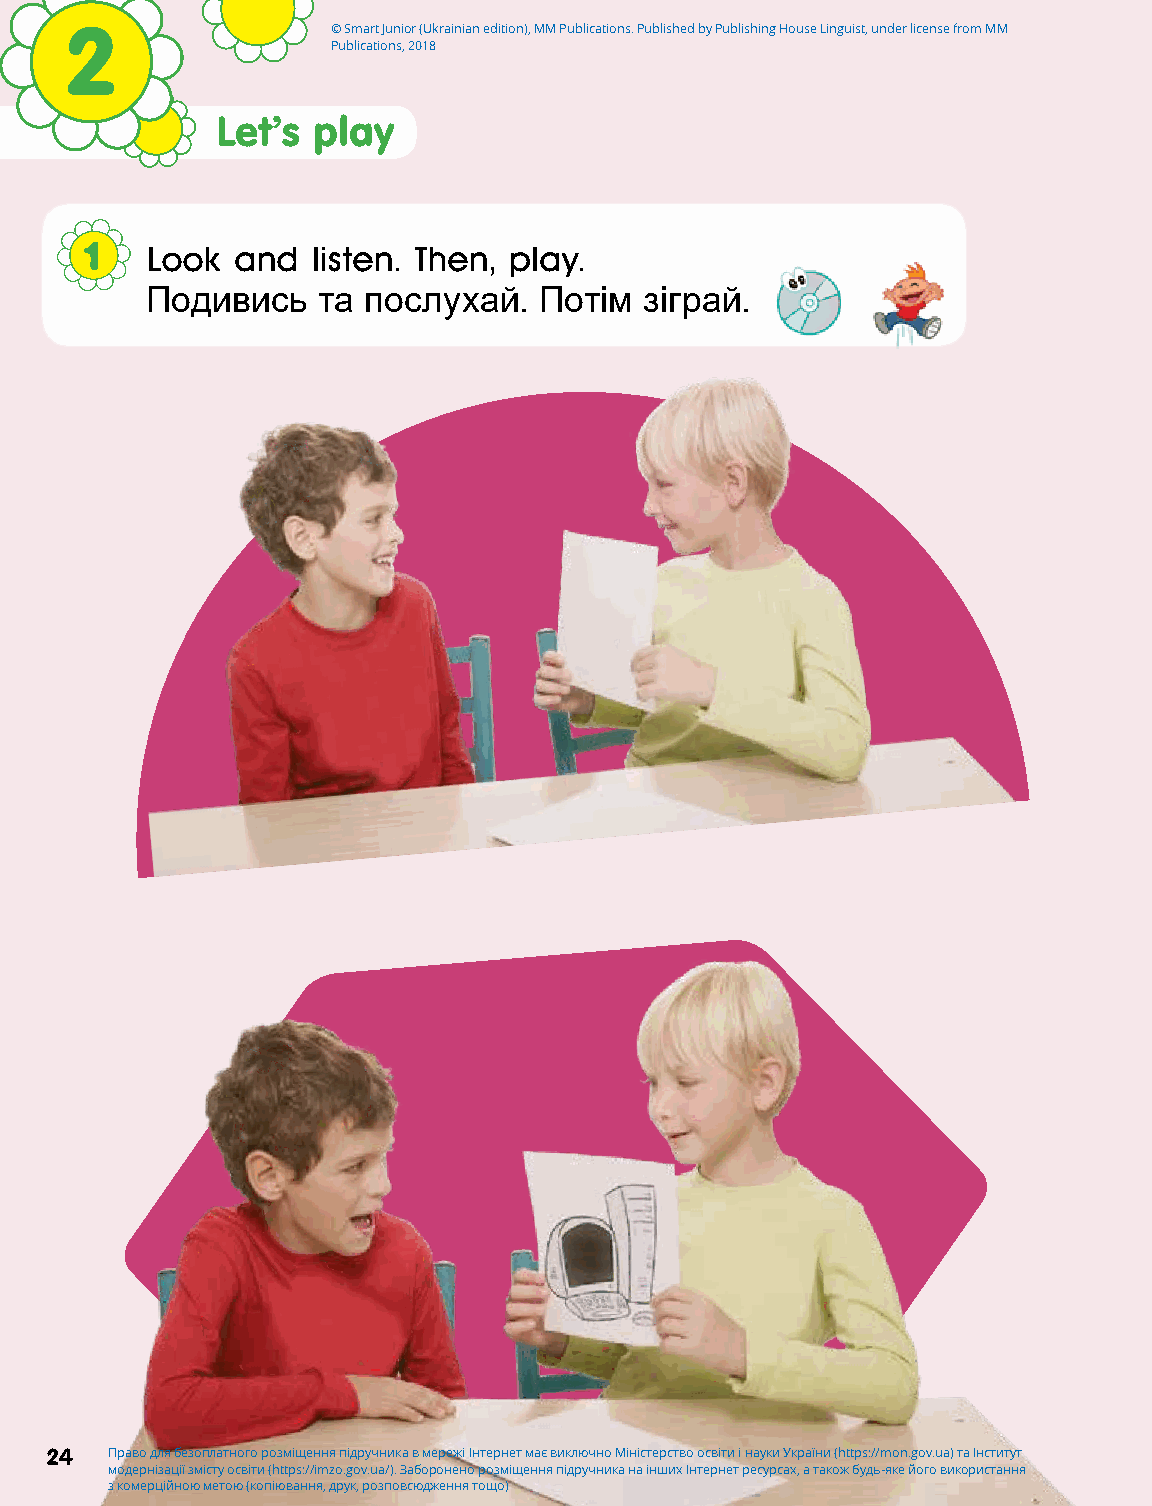
2                 © Smart Junior (Ukrainian edition), MM Publications. Published by Publishing House Linguist, under license from MM
 Publications, 2018
 Let’s  play
 1   Look and   listen. Then, play.
 Подивись   та послухай.   Потім  зіграй.
 24  Право для безоплатного розміщення підручника в мережі Інтернет має виключно Міністерство освіти і науки України (https://mon.gov.ua) та Інститут
 модернізації змісту освіти (https://imzo.gov.ua/). Заборонено розміщення підручника на інших Інтернет ресурсах, а також будь-яке його використання
 з комерційною метою (копіювання, друк, розповсюдження тощо)